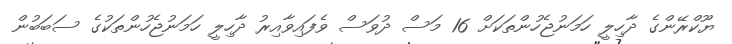
ޔޫކްރޭންގެ ދާހިލީ ހަމަނުޖެހުންތަކަށް 16 މަސް ދުވަސް ވެފައިވާއިރު ދާހިލީ ހަމަނުޖެހުންތަކުގެ ސަބަބުން